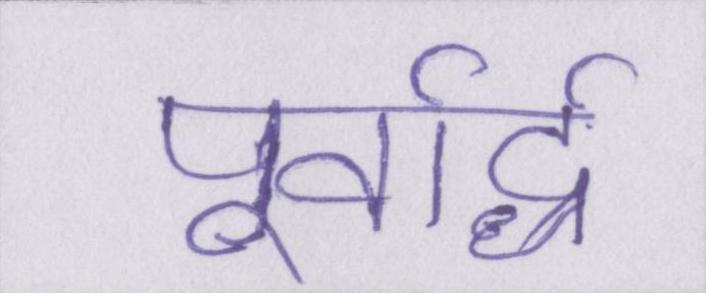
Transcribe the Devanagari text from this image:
पूर्वार्द्ध